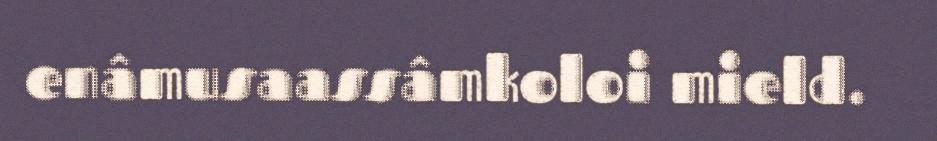
enâmusaassâmkoloi mield.